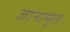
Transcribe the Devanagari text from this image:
ज्ञानामृत